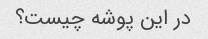
در این پوشه چیست؟